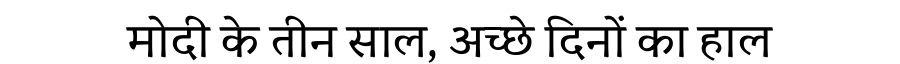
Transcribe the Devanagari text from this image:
मोदी के तीन साल, अच्छे दिनों का हाल